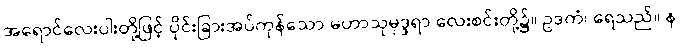
အရောင်လေးပါးတို့ဖြင့် ပိုင်းခြားအပ်ကုန်သော မဟာသုမုဒ္ဒရာ လေးစင်းတို့၌။ ဥဒကံ၊ ရေသည်။ န